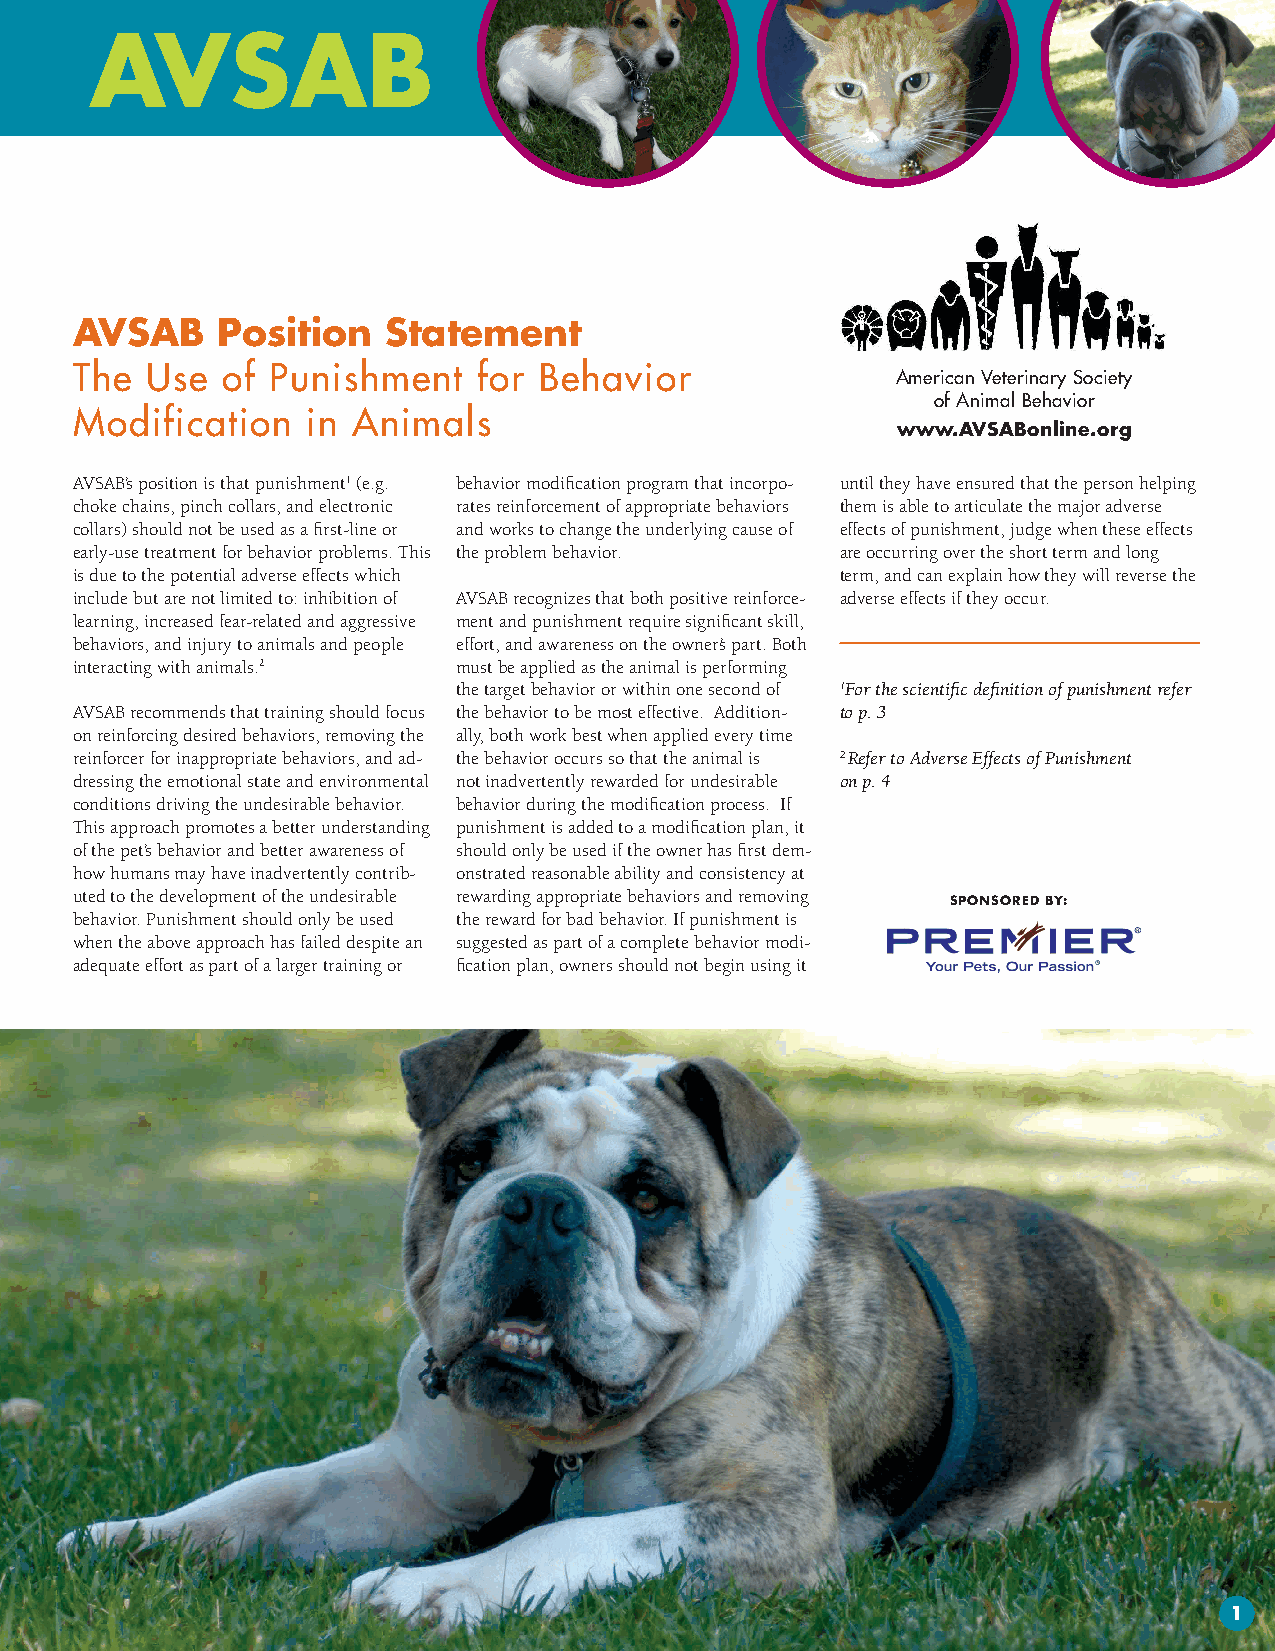
AVSAB    Position   Statement
 The  Use  of Punishment    for Behavior
 American Veterinary Society
 of Animal Behavior
 Modification   in Animals
 www.AVSABonline.org
 AVSAB’s position is that punishment1 (e.g. behavior modification program that incorpo- until they have ensured that the person helping
 choke chains, pinch collars, and electronic rates reinforcement of appropriate behaviors them is able to articulate the major adverse
 collars) should not be used as a first-line or and works to change the underlying cause of effects of punishment, judge when these effects
 early-use treatment for behavior problems. This the problem behavior. are occurring over the short term and long
 is due to the potential adverse effects which      term, and can explain how they will reverse the
 include but are not limited to: inhibition of AVSAB recognizes that both positive reinforce- adverse effects if they occur.
 learning, increased fear-related and aggressive ment and punishment require significant skill,
 behaviors, and injury to animals and people effort, and awareness on the owner’s part. Both
 interacting with animals.2 must be applied as the animal is performing
 the target behavior or within one second of 1For the scientific definition of punishment refer
 AVSAB recommends that training should focus the behavior to be most effective. Addition- to p. 3
 on reinforcing desired behaviors, removing the ally, both work best when applied every time
 reinforcer for inappropriate behaviors, and ad- the behavior occurs so that the animal is 2 Refer to Adverse Effects of Punishment
 dressing the emotional state and environmental not inadvertently rewarded for undesirable on p. 4
 conditions driving the undesirable behavior. behavior during the modification process. If
 This approach promotes a better understanding punishment is added to a modification plan, it
 of the pet’s behavior and better awareness of should only be used if the owner has first dem-
 how humans may have inadvertently contrib- onstrated reasonable ability and consistency at
 uted to the development of the undesirable rewarding appropriate behaviors and removing
 SPONSORED BY:
 behavior. Punishment should only be used the reward for bad behavior. If punishment is
 when the above approach has failed despite an suggested as part of a complete behavior modi-
 adequate effort as part of a larger training or fication plan, owners should not begin using it
 1